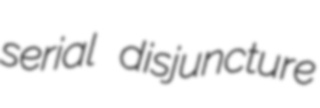
serial disjuncture